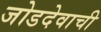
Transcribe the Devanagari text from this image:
जोडदेवाची